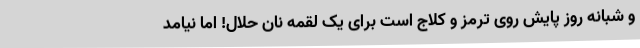
و شبانه روز پایش روی ترمز و کلاج است برای یک لقمه نان حلال! اما نیامد